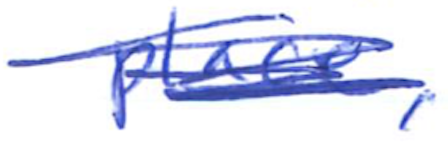
Text: place,
Cross-out: scratch
Writing tool: ballpoint